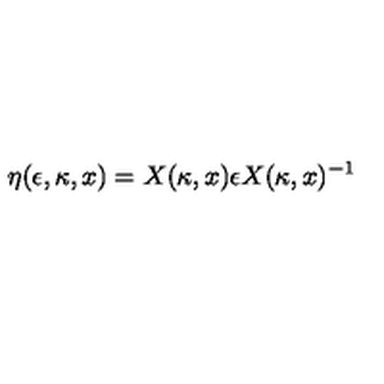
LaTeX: \eta ( \epsilon , \kappa , x ) = X ( \kappa , x ) \epsilon X ( \kappa , x ) ^ { - 1 }